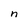
Character: n